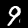
Label: 9